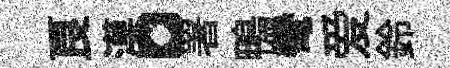
良漠。署鴨彎爱鈴